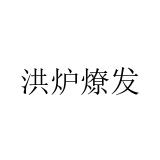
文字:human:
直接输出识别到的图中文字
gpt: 洪炉燎发